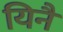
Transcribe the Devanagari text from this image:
यिनै